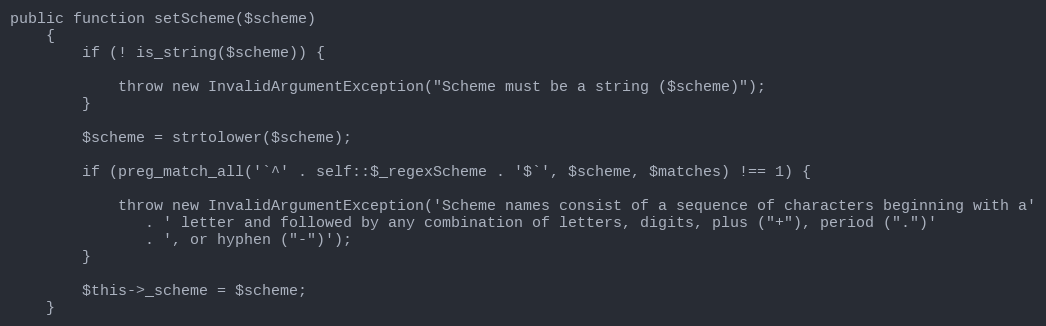
Language: PHP
public function setScheme($scheme)
    {
        if (! is_string($scheme)) {

            throw new InvalidArgumentException("Scheme must be a string ($scheme)");
        }

        $scheme = strtolower($scheme);

        if (preg_match_all('`^' . self::$_regexScheme . '$`', $scheme, $matches) !== 1) {

            throw new InvalidArgumentException('Scheme names consist of a sequence of characters beginning with a'
               . ' letter and followed by any combination of letters, digits, plus ("+"), period (".")'
               . ', or hyphen ("-")');
        }

        $this->_scheme = $scheme;
    }